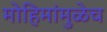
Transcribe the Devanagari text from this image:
मोहिमांमुळेच